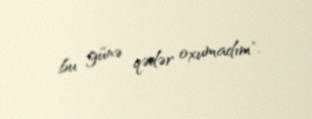
bu günə qədər oxumadım".